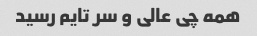
همه چی عالی و سر تایم رسید